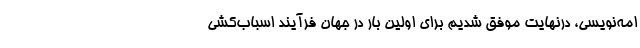
امه‌نویسی، درنهایت موفق شدیم برای اولین بار در جهان فرآیند اسباب‌کشی